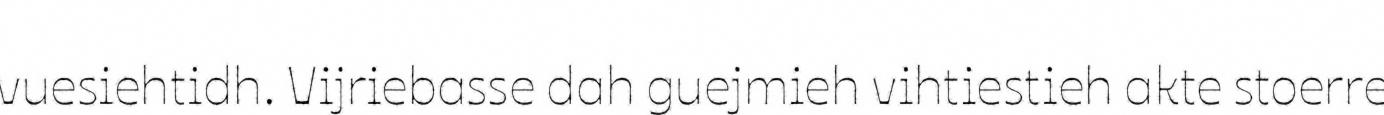
vuesiehtidh. Vijriebasse dah guejmieh vihtiestieh akte stoerre